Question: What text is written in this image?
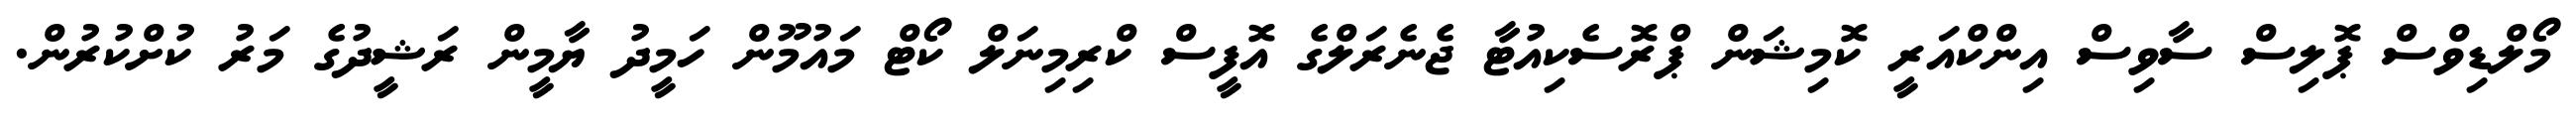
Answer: މޯލްޑިވްސް ޕޮލިސް ސާވިސް އިންކްއަރީ ކޮމިޝަން ޕްރޮސެކިއުޓާ ޖެނެރަލްގެ އޮފީސް ކްރިމިނަލް ކޯޓް މައުމޫން ހަމީދު ޔާމީން ރަޝީދުގެ މަރު ކުށްކުރުން.